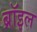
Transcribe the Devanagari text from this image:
ब्रॉइल